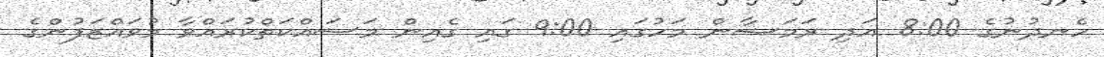
ހެނދުނުގެ 8:00 އަދި ރަމަޟާން މަހުގައި 9:00 ގައި ގެއިން މަސައްކަތްކުރައްވާ މުވައްޒަފުންގެ